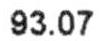
93.07